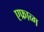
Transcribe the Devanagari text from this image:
एफ्राव्ग